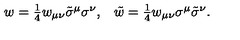
\begin{array} { c c } { w = \textstyle { \frac { 1 } { 4 } } w _ { \mu \nu } \tilde { \sigma } ^ { \mu } \sigma ^ { \nu } , } & { \tilde { w } = \textstyle { \frac { 1 } { 4 } } w _ { \mu \nu } \sigma ^ { \mu } \tilde { \sigma } ^ { \nu } . } \\ \end{array}